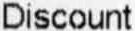
DISCOUNT